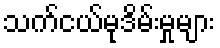
သက်ငယ်မုဒိမ်းမှုများ